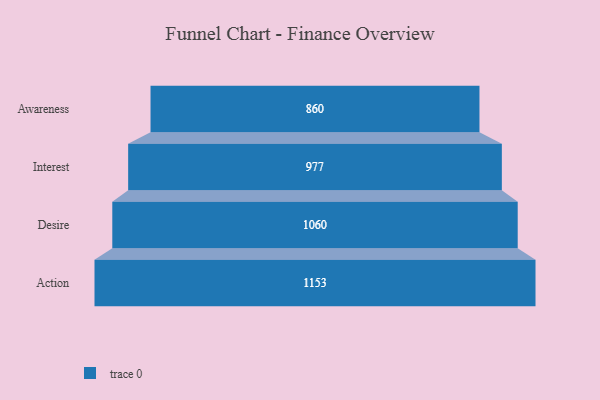
{"axis": {"x": "Stage", "y": "Value"}, "legend": [""], "data": [{"x": "Awareness", "y": 860.0, "type": ""}, {"x": "Interest", "y": 977.0, "type": ""}, {"x": "Desire", "y": 1060.0, "type": ""}, {"x": "Action", "y": 1153.0, "type": ""}]}